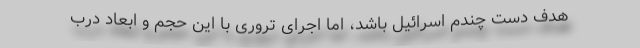
هدف دست چندم اسرائیل باشد، اما اجرای تروری با این حجم و ابعاد درب